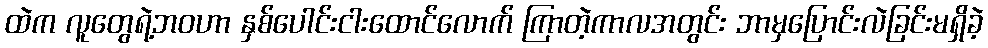
ထဲက လူတွေရဲ့ဘဝဟာ နှစ်ပေါင်းငါးထောင်လောက် ကြာတဲ့ကာလအတွင်း ဘာမှပြောင်းလဲခြင်းမရှိခဲ့